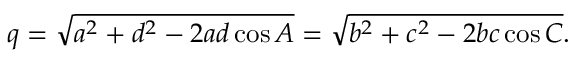
q = { \sqrt { a ^ { 2 } + d ^ { 2 } - 2 a d \cos { A } } } = { \sqrt { b ^ { 2 } + c ^ { 2 } - 2 b c \cos { C } } } .